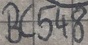
Text: BC548